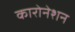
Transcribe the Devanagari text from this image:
कारोनेशन